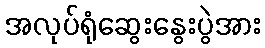
အလုပ်ရုံဆွေးနွေးပွဲအား